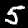
Label: 5